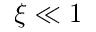
\xi \ll 1